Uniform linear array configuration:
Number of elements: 12
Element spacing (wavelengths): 0.25
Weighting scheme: hamming
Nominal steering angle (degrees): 15
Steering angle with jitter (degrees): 14.983
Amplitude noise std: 0.05
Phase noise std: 0.05

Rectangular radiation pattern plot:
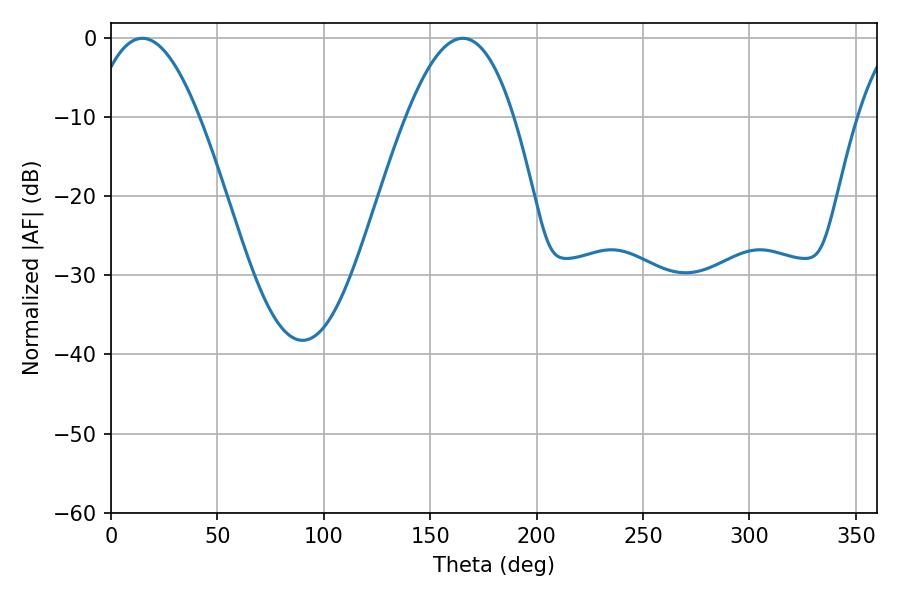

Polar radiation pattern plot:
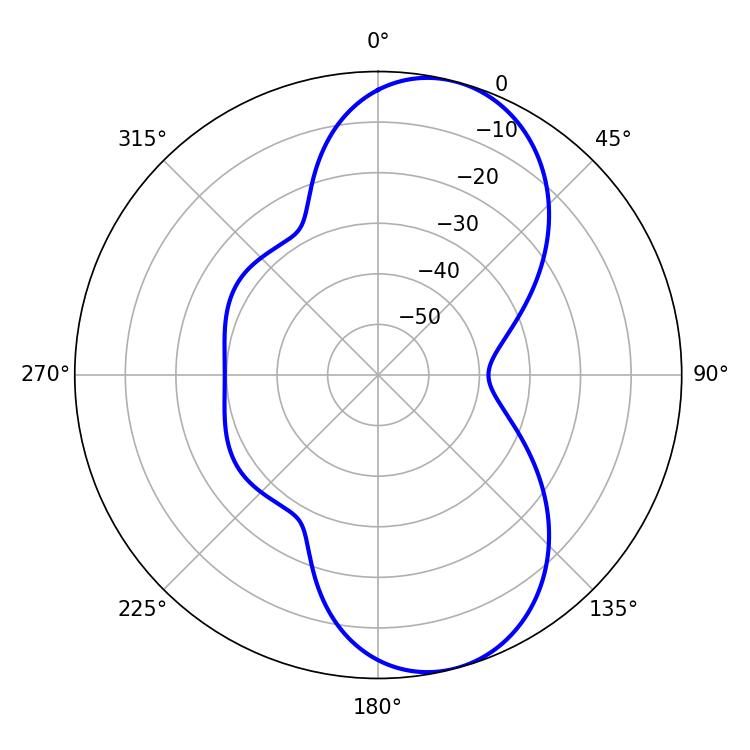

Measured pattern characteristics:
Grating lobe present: FALSE
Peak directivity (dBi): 8.673
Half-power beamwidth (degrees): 27.72
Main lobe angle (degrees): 14.76